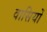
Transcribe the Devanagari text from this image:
वासियोँ